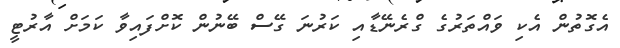
އެގޮތުން އެކި ވައްތަރުގެ ގްރެނޭޑާއި ކަރުނަ ގޭސް ބޭނުން ކޮށްފައިވާ ކަމަށް އާރުޓީ